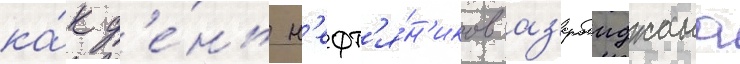
ка́к д'е́нь н'ефт'я́н'иков аз'ербаиджана